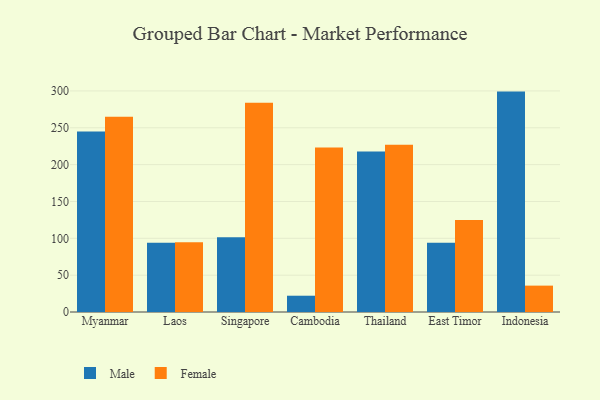
{"axis": {"x": "Country", "y": "Page Views"}, "legend": ["Female", "Male"], "data": [{"x": "Myanmar", "y": 244.8, "type": "Male"}, {"x": "Myanmar", "y": 265.1, "type": "Female"}, {"x": "Laos", "y": 94.1, "type": "Male"}, {"x": "Laos", "y": 94.8, "type": "Female"}, {"x": "Singapore", "y": 101.5, "type": "Male"}, {"x": "Singapore", "y": 283.8, "type": "Female"}, {"x": "Cambodia", "y": 22.1, "type": "Male"}, {"x": "Cambodia", "y": 223.4, "type": "Female"}, {"x": "Thailand", "y": 217.7, "type": "Male"}, {"x": "Thailand", "y": 227.1, "type": "Female"}, {"x": "East Timor", "y": 94.0, "type": "Male"}, {"x": "East Timor", "y": 124.7, "type": "Female"}, {"x": "Indonesia", "y": 299.1, "type": "Male"}, {"x": "Indonesia", "y": 35.8, "type": "Female"}]}